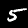
Label: 5